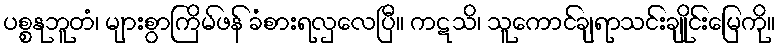
ပစ္စနုဘူတံ၊ များစွာကြိမ်ဖန် ခံစားရလှလေပြီ။ ကဋသိ၊ သူကောင်ချရာသင်းချိုင်းမြေကို။